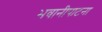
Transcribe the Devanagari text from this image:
भवानीपाटना